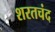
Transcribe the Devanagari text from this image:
शरतचंद